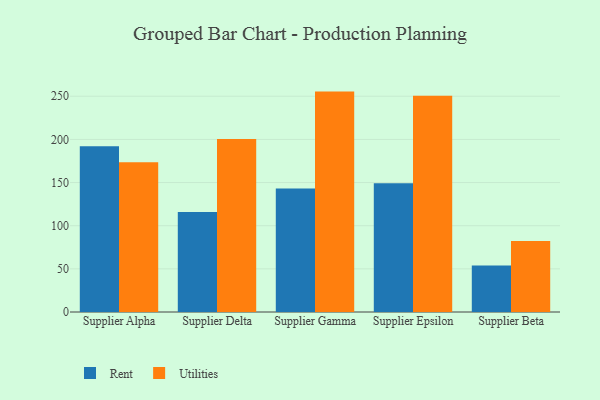
{"axis": {"x": "Supplier", "y": "Net Income (USD K)"}, "legend": ["Rent", "Utilities"], "data": [{"x": "Supplier Alpha", "y": 192.2, "type": "Rent"}, {"x": "Supplier Alpha", "y": 173.5, "type": "Utilities"}, {"x": "Supplier Delta", "y": 115.9, "type": "Rent"}, {"x": "Supplier Delta", "y": 200.6, "type": "Utilities"}, {"x": "Supplier Gamma", "y": 143.0, "type": "Rent"}, {"x": "Supplier Gamma", "y": 255.4, "type": "Utilities"}, {"x": "Supplier Epsilon", "y": 149.1, "type": "Rent"}, {"x": "Supplier Epsilon", "y": 250.5, "type": "Utilities"}, {"x": "Supplier Beta", "y": 54.0, "type": "Rent"}, {"x": "Supplier Beta", "y": 82.3, "type": "Utilities"}]}